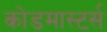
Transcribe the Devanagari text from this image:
कोडमास्टर्स